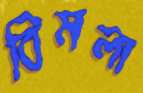
বিমলা